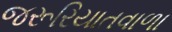
જરૂરિયાતવાળા